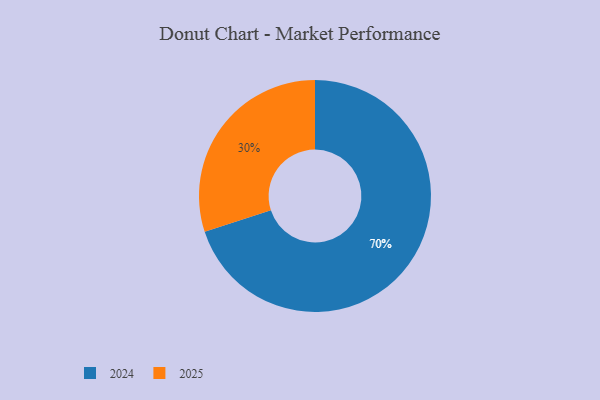
{"axis": {"x": "Category", "y": "Percentage"}, "legend": ["2024", "2025"], "data": [{"x": "2025", "y": 30, "type": "2025"}, {"x": "2024", "y": 70, "type": "2024"}]}